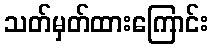
သတ်မှတ်ထားကြောင်း